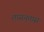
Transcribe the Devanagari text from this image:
तासन्‌तास